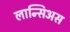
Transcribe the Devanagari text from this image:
लान्सिअस